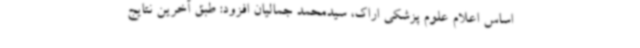
اساس اعلام علوم پزشکی اراک، سیدمحمد جمالیان افزود: طبق آخرین نتایج